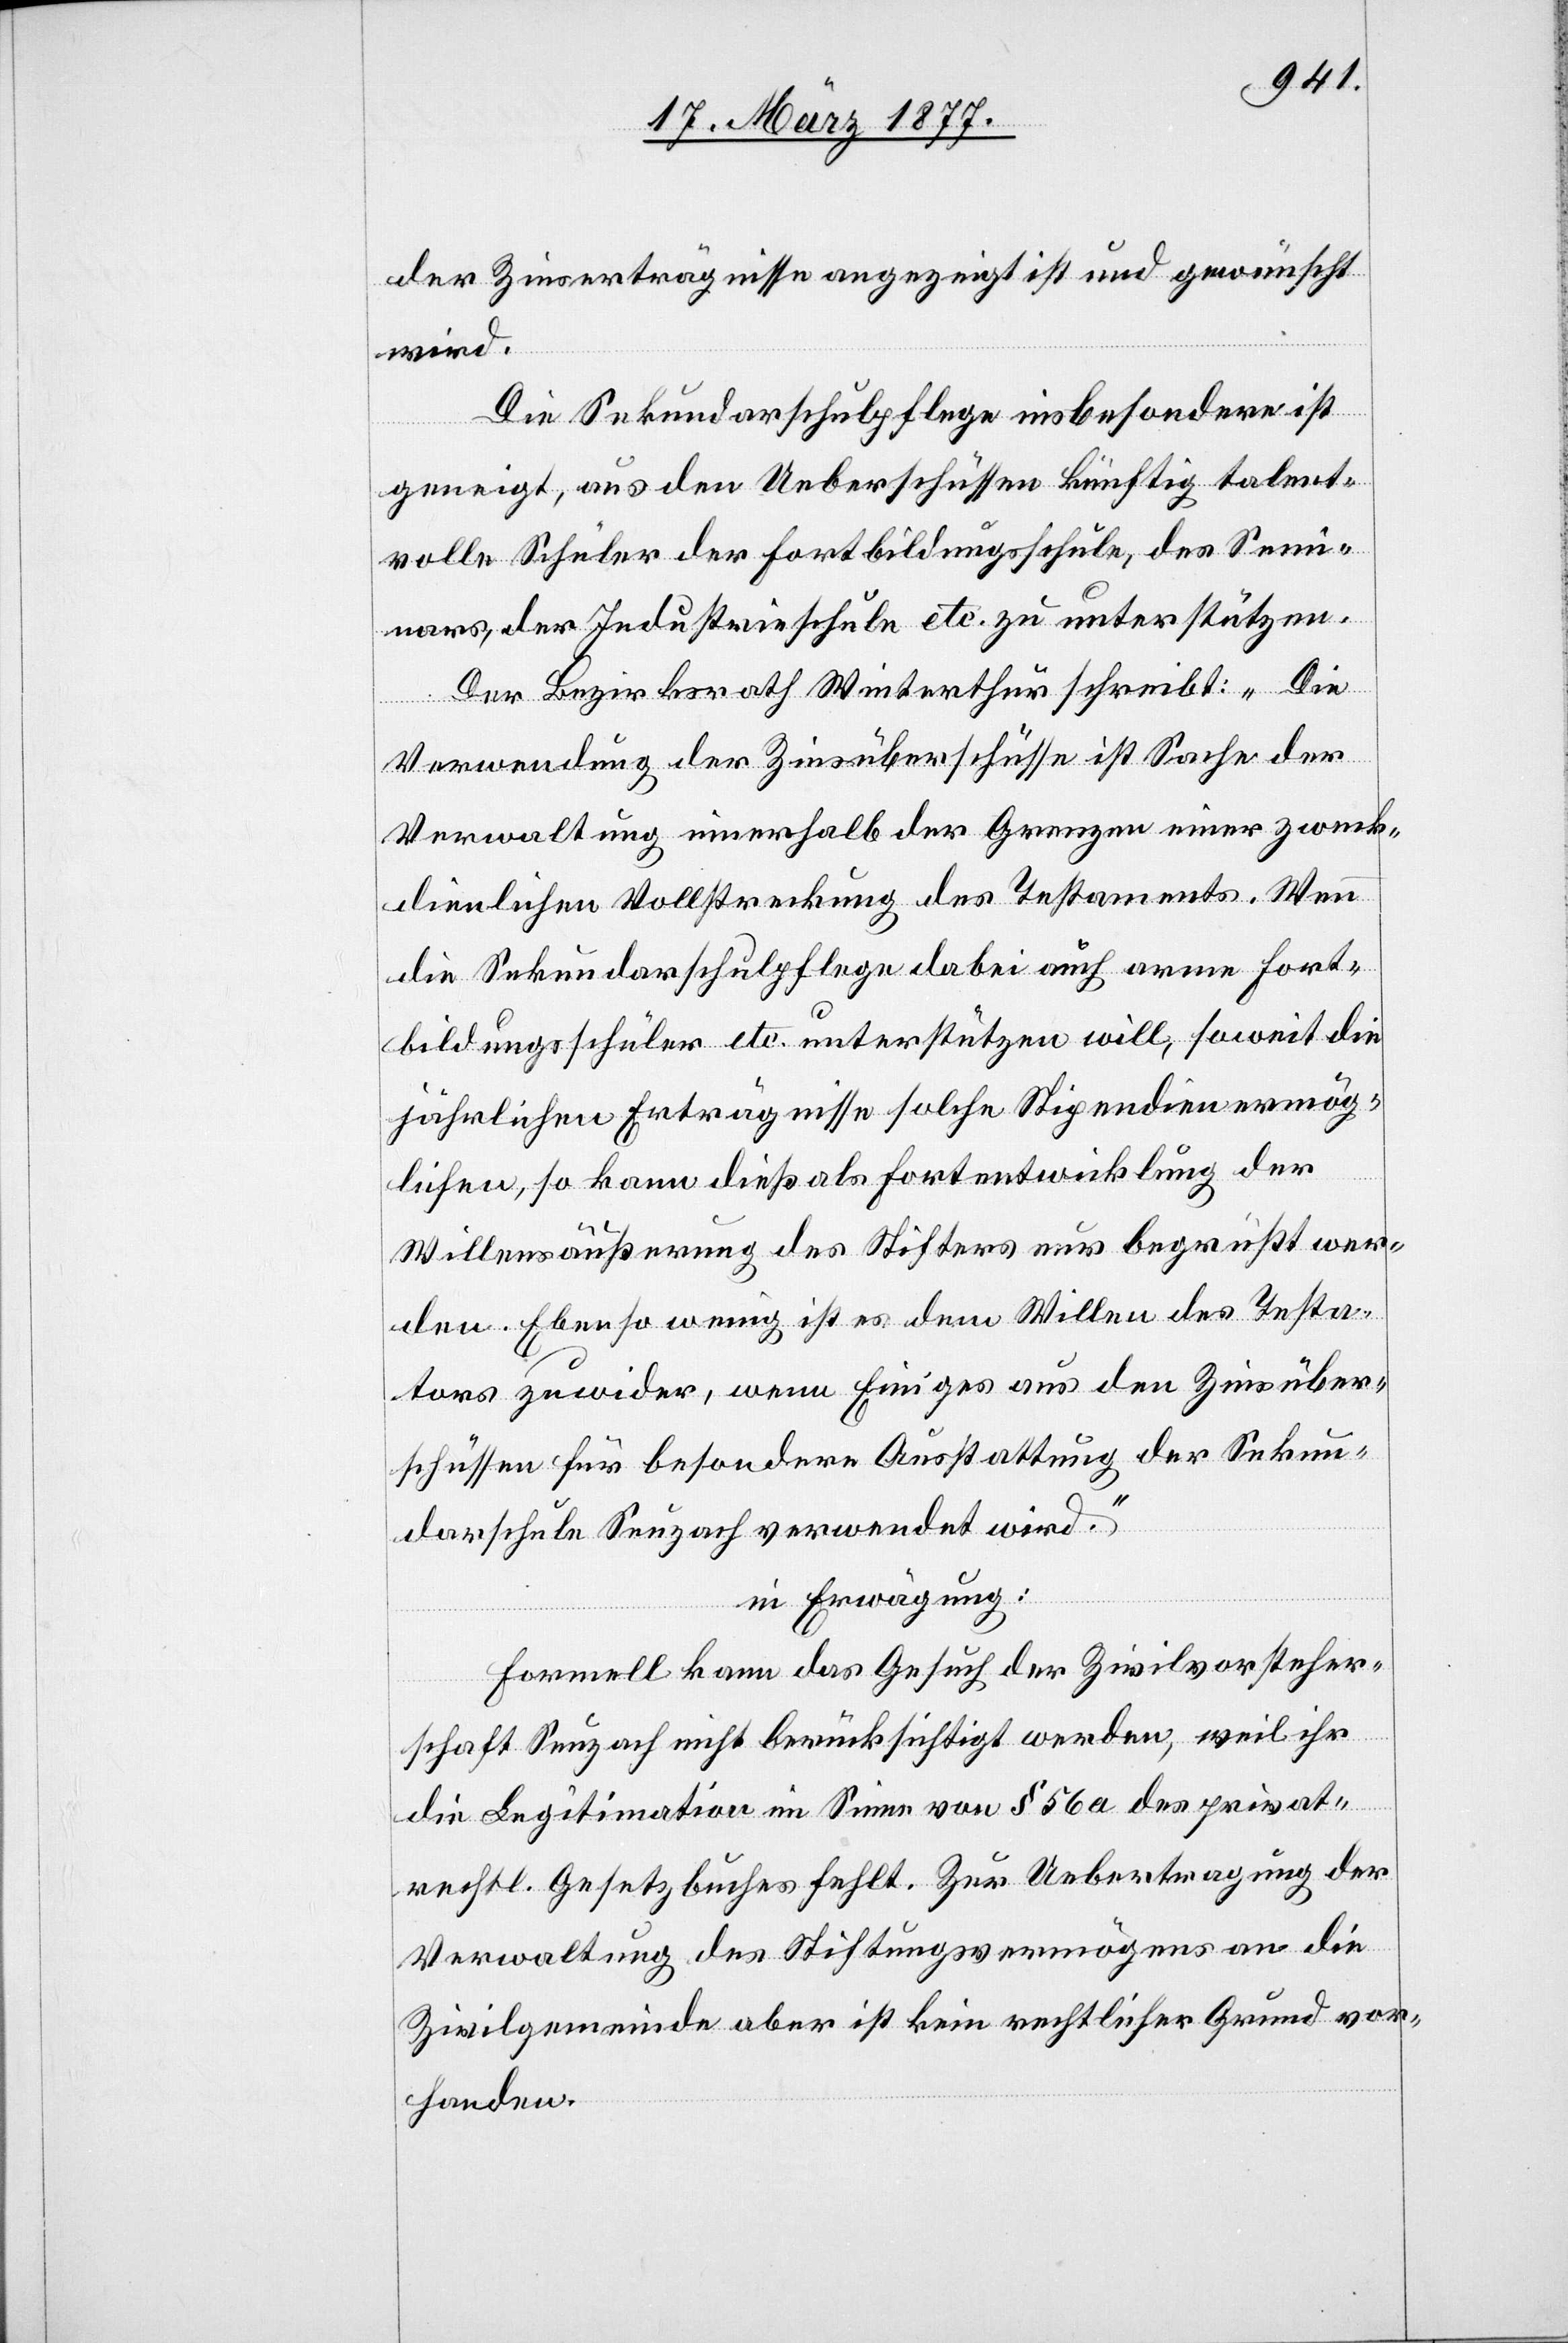
der Zinserträgnisse angezeigt ist und gewünscht
wird.
Die Sekundarschulpflege insbesondere ist
geneigt, aus den Ueberschüssen künftig talent¬
volle Schüler der Fortbildungsschule, des Semi¬
nars, der Industrieschule etc. zu unterstützen.
Der Bezirksrath Winterthur schreibt: „Die
Verwendung der Zinsüberschüsse ist Sache der
Verwaltung innerhalb der Grenzen einer zweck¬
dienlichen Vollstreckung des Testaments. Wenn
die Sekundarschulpflege dabei auch arme Fort¬
bildungsschüler etc. unterstützen will, soweit die
jährlichen Erträgnisse solche Stipendien ermög¬
lichen, so kann dieß als Fortentwicklung der
Willensäußerung des Stifters nur begrüßt wer¬
den. Ebenso wenig ist es dem Willen des Testa¬
tors zuwider, wenn Einiges aus den Zinsüber¬
schüssen für besondere Ausstattung der Sekun¬
darschule Seuzach verwendet wird.“
in Erwägung:
Formell kann das Gesuch der Zivilvorsteher¬
schaft Seuzach nicht berücksichtigt werden, weil ihr
die Legitimation im Sinne von § 56a des privat¬
rechtl. Gesetzbuches fehlt. Zur Uebertragung der
Verwaltung des Stiftungsvermögens an die
Zivilgemeinde aber ist kein rechtlicher Grund vor¬
handen.